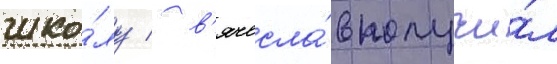
шко́лу / в'ячесла́в получи́л